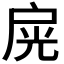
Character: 𢩊